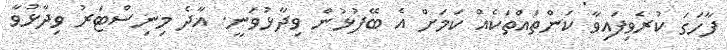
ފާހަގަ ކުރެވިފައިވާ ކަންތައްތަކެއް ކަަމަށް އެ ބޭފުޅުން ވިދާޅުވަނީ. އާދެ މިނިސްޓަރު ވިދާޅުވާ